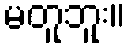
မတူဘူး။